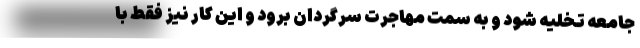
جامعه تخلیه شود و به سمت مهاجرت سرگردان برود و این کار نیز فقط با